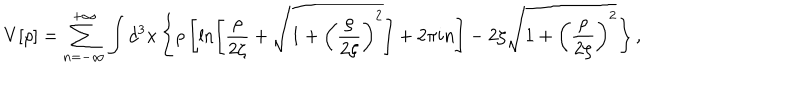
V [ \rho ] = \sum _ { n = - \infty } ^ { + \infty } \int d ^ { 3 } x \left\{ \rho \left[ \ln \left[ \frac { \rho } { 2 \zeta } + \sqrt { 1 + \left( \frac { \rho } { 2 \zeta } \right) ^ { 2 } } \right] + 2 \pi i n \right] - 2 \zeta \sqrt { 1 + \left( \frac { \rho } { 2 \zeta } \right) ^ { 2 } } \right\} ,